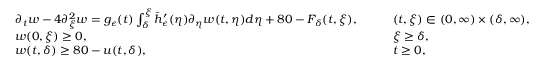
\begin{array} { r l r l } & { \partial _ { t } w - 4 \partial _ { \xi } ^ { 2 } w = g _ { \epsilon } ( t ) \int _ { \delta } ^ { \xi } \bar { h } _ { \epsilon } ^ { \prime } ( \eta ) \partial _ { \eta } w ( t , \eta ) d \eta + 8 0 - F _ { \delta } ( t , \xi ) , \quad } & & { ( t , \xi ) \in ( 0 , \infty ) \times ( \delta , \infty ) , } \\ & { w ( 0 , \xi ) \geq 0 , \quad } & & { \xi \geq \delta , } \\ & { w ( t , \delta ) \geq 8 0 - u ( t , \delta ) , \quad } & & { t \geq 0 , } \end{array}